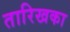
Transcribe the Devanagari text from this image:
तारिखका